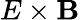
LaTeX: E\times\mathbf{B}